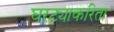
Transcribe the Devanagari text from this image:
घरट्याकरिता